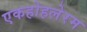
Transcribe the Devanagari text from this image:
एकहोहलेरम